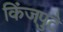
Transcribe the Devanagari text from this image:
किंजपुटे